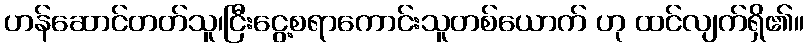
ဟန်ဆောင်တတ်သူ၊ငြီးငွေ့စရာကောင်းသူတစ်ယောက် ဟု ထင်လျက်ရှိ၏။